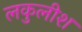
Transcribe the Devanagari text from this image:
लकुलीश